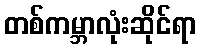
တစ်ကမ္ဘာလုံးဆိုင်ရာ